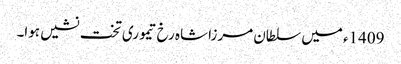
1409ء میں سلطان مرزا شاہ رخ تیموری تخت نشیں ہوا۔